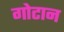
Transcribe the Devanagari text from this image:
गोटान